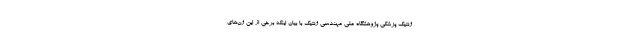
ژنتیک پزشکی پژوهشگاه ملی مهندسی ژنتیک با بیان اینکه برخی از این ژن‌های